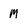
Character: m